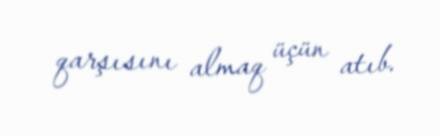
qarşısını almaq üçün atıb.